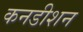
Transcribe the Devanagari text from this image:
कनडीशन